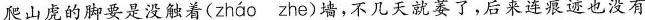
爬山虎的脚要是没触\underset{·}{着}(zhao zhe)墙，不几天就萎了，后来连痕迹也没有